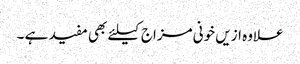
علاوہ ازیں خونی مزاج کیلئے بھی مفید ہے ۔